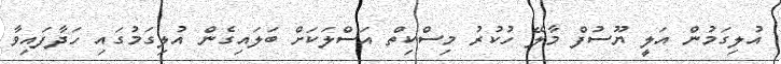
އުލިގަމުން އަލީ ޔޫސުފް މާލޭ ހުކުރު މިސްކިތް އަސްލަކަށް ބަލައިގެން އުލިގަމުގައި ހަދާފައިވާ